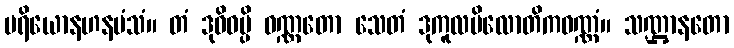
ပရိယောနဟနမံသံ။ တံ ဒုဝိဓမ္ပိ ဝဏ္ဏတော သေတံ ဒုကူလပိလောတိကဝဏ္ဏံ။ သဏ္ဌာနတော